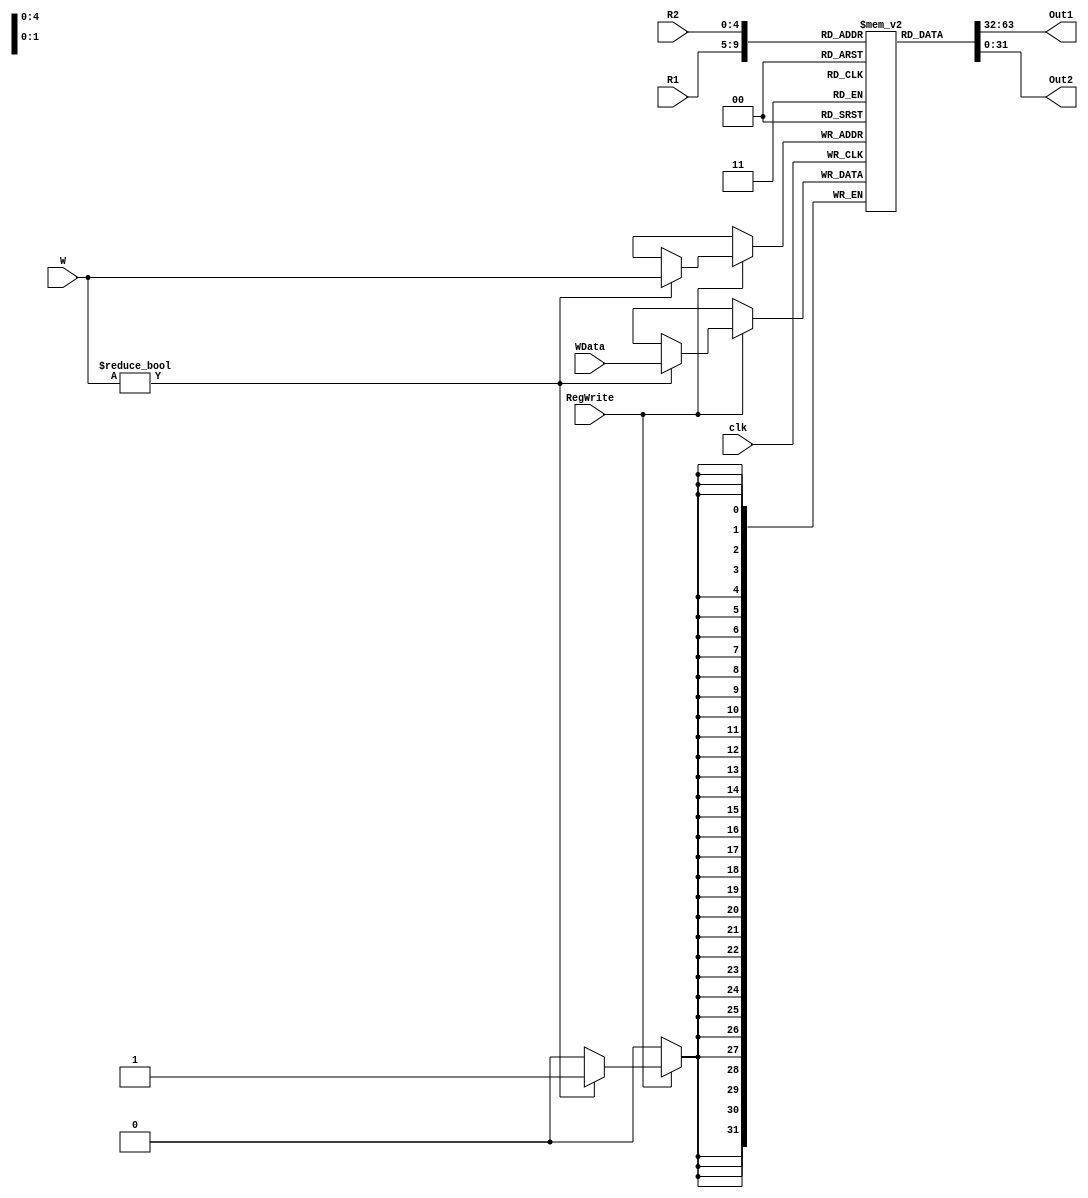
module registerfile(clk,RegWrite,R1,R2,W,WData,Out1,Out2);
//R1,R2,W1 (Register numbers)
//WD1 (data to be written)
input clk;
input RegWrite;
input [4:0] R1,R2;
input [4:0] W;
input [31:0] WData;

output reg [31:0] Out1,Out2;
reg [31:0] rf[0:31];

reg [31:0] t [0:9];

genvar  arrayregisterindex;
for( arrayregisterindex=0;arrayregisterindex<8;arrayregisterindex=arrayregisterindex+1)
assign t[arrayregisterindex]=rf[8+arrayregisterindex];
for(arrayregisterindex=8;arrayregisterindex<10;arrayregisterindex=arrayregisterindex+1)
assign t[arrayregisterindex]=rf[24+arrayregisterindex-8];

// FILL REGISTERS MANUALLY IF NEEDED
initial begin

rf[8]=32'd9; 			// $t0 

rf[9]=4; 			// $t1 

rf[10]=5; 			// $t2

rf[11]=32'bx; 			// $t3 

rf[12]=6; 			// $t4 

rf[13]=32'bx; 			// $t5 

rf[14]=32'bx; 			// $t6  

rf[15]=9; 			// $t7

rf[24]=9;			// $t8

rf[25]=8;         		// $t9



rf[0]=0;        //$zero is always zero
end


always@(R1,R2) begin

Out1<=rf[R1];


Out2<=rf[R2];

end

always@(posedge clk) 
if(RegWrite ==1)  //need to be edited to be posedge
	if(W!=0) begin
		rf[W]<=WData;

end



endmodule